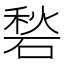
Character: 𱴛